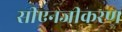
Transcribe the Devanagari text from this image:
सीएनजीकरण